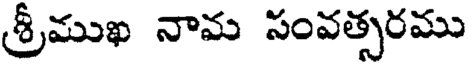
శ్రీముఖ నామ సంవత్సరము